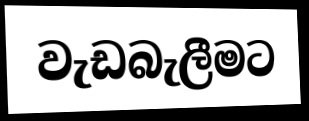
වැඩබැලීමට